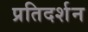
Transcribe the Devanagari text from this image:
प्रतिदर्शन